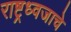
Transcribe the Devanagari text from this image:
राष्ट्रध्वजाचे